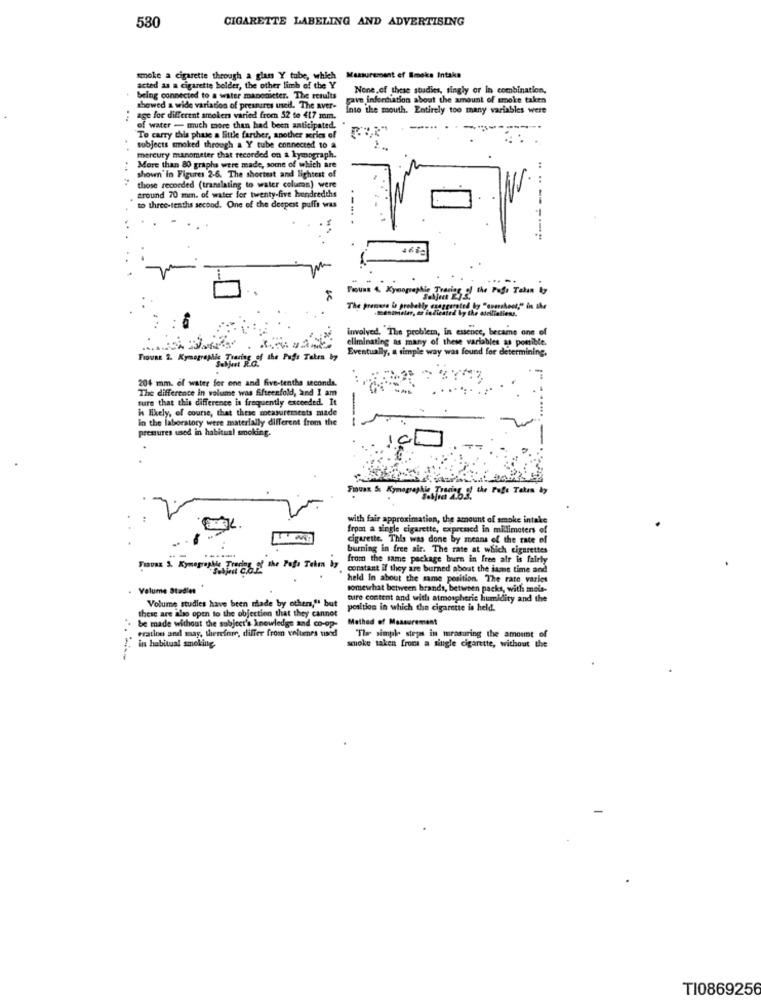
CIGARETTE LABELING AND ADVERTISING
530
smoke a cigarette through a glass Y tube, which Masurement of Smoke Intake
a cigarette holder, the other limb of the Y
None,of these studies, singly or in combination,
being connected to a water manometer. The results
gavn information about the amount of smoke taken
showed a wide variation of pressures used. The aver-
Inte the mouth. Entirely too many variables were
: age for different smoker varied from 52 to 417 mm.
of water - much more than had been anticipated.
To carry this phase a little farther, another series of
subjects smoked through a Y tube connected to a
mercury manometer that recorded en a kymograph.
More than 80 grapha were made, some of which are
shown'in Figures 2-6. The shortest and lightest of
those recorded (translating to water column) were
Around 70 mm. of water for twenty-five hundredths
to three-tenths second. One of the deepest puffs was
-- T
---
Tracing of the Page Taken by
involved. "The problem, in essence, became one of
eliminating as many of these variables as possible.
Eventually, a simple way was found for determining.
FIGURE 2. Kymographic Traring of the Pufs Tales by
204 mm. of water for one and five-tenths seconds.
The difference in volume was fifteenfold, and I am
sure that this difference is frequently exceeded. It
is likely, of course, that these measurements made
in the laboratory were materially different from the
......
pressures used in habitual smoking.
Fouas St Kymographie Tradi
with fair approximation, the amount of smoke intake
from a single cigarette, expressed in millimeters of
cigarette. This was done by means of the rate of
burning in free air. The rate at which cigarettes
from the same package burn in free air is fairly
constant If they are burned about the same time and
held In about the same position. The rate varies
Volume Stadler
somewhat between brands, between packs, with meis-
Volume studies have been made by others," but
ture content and with atmospheric humidity and the
these are also open to the objection that they cannot
position in which the cigarette is held.
be made without the subject's knowledge and co-op-
Method of Measurement
eration and may, therefore, differ from voltamnes vsod
woke taken from a single cigarette, without the
"The simple steps in measuring the amount of
in habitual smoking.
TI0869256